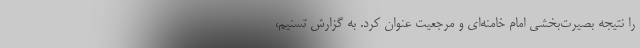
را نتیجه بصیرت‌بخشی امام خامنه‌ای و مرجعیت عنوان کرد. به گزارش تسنیم،